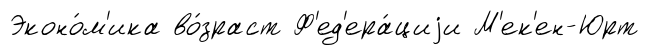
Эконо́м'ика во́зраст Ф'ед'ера́циjи М'ек'ен-Юрт